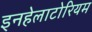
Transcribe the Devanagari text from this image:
इनहेलाटोरियम